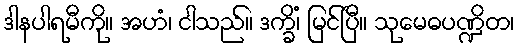
ဒါနပါရမီကို။ အဟံ၊ ငါသည်။ ဒက္ခိံ၊ မြင်ပြီ။ သုမေဓပဏ္ဍိတ၊